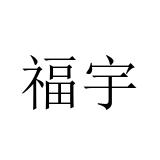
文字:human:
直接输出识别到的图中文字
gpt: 福宇